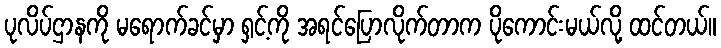
ပုလိပ်ဌာနကို မရောက်ခင်မှာ ရှင့်ကို အရင်ပြောလိုက်တာက ပိုကောင်းမယ်လို့ ထင်တယ်။